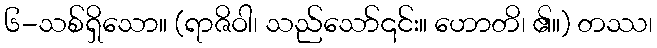
၆-သစ်ရှိသော။ (ရာဇိဝါ၊ သည်သော်၎င်း။ ဟောတိ၊ ၏။) တဿ၊